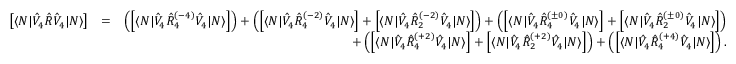
\begin{array} { r l r } { \left[ \langle N | \hat { V } _ { 4 } \hat { R } \hat { V } _ { 4 } | N \rangle \right] } & { = } & { \left( \left[ \langle N | \hat { V } _ { 4 } \hat { R } _ { 4 } ^ { ( - 4 ) } \hat { V } _ { 4 } | N \rangle \right] \right) + \left( \left[ \langle N | \hat { V } _ { 4 } \hat { R } _ { 4 } ^ { ( - 2 ) } \hat { V } _ { 4 } | N \rangle \right] + \left[ \langle N | \hat { V } _ { 4 } \hat { R } _ { 2 } ^ { ( - 2 ) } \hat { V } _ { 4 } | N \rangle \right] \right) + \left( \left[ \langle N | \hat { V } _ { 4 } \hat { R } _ { 4 } ^ { ( \pm 0 ) } \hat { V } _ { 4 } | N \rangle \right] + \left[ \langle N | \hat { V } _ { 4 } \hat { R } _ { 2 } ^ { ( \pm 0 ) } \hat { V } _ { 4 } | N \rangle \right] \right) } \\ & { } & { + \left( \left[ \langle N | \hat { V } _ { 4 } \hat { R } _ { 4 } ^ { ( + 2 ) } \hat { V } _ { 4 } | N \rangle \right] + \left[ \langle N | \hat { V } _ { 4 } \hat { R } _ { 2 } ^ { ( + 2 ) } \hat { V } _ { 4 } | N \rangle \right] \right) + \left( \left[ \langle N | \hat { V } _ { 4 } \hat { R } _ { 4 } ^ { ( + 4 ) } \hat { V } _ { 4 } | N \rangle \right] \right) . } \end{array}